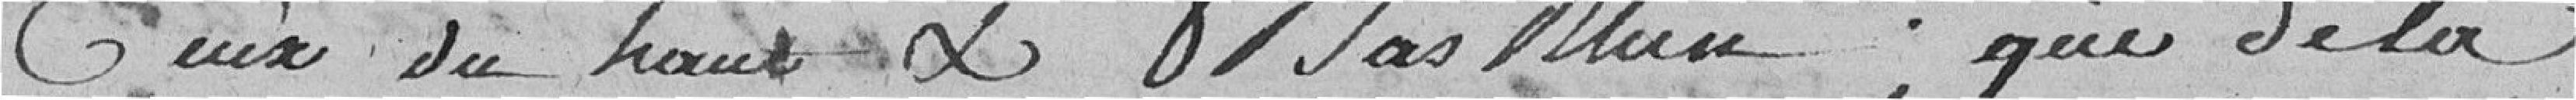
ceux du haut et bas Rhin ; que de là